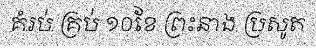
គំរប់ គ្រប់ ១០ខែ ព្រះនាង ប្រសូត